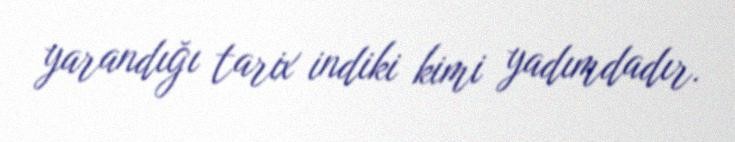
yarandığı tarix indiki kimi yadımdadır.